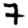
Digit: 7